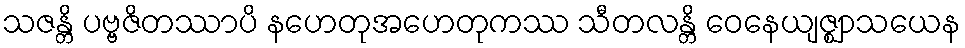
သဇန္တိ ပဗ္ဗဇိတဿာပိ နဟေတုအဟေတုကဿ သီတလန္တိ ဝေနေယျဇ္ဈာသယေန